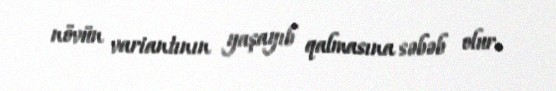
növün variantının yaşayıb qalmasına səbəb olur.